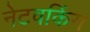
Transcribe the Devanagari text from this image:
नेटवकिंग